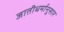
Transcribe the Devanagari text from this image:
जातीधर्मानुसार